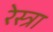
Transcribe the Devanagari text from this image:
रेस्त्रा